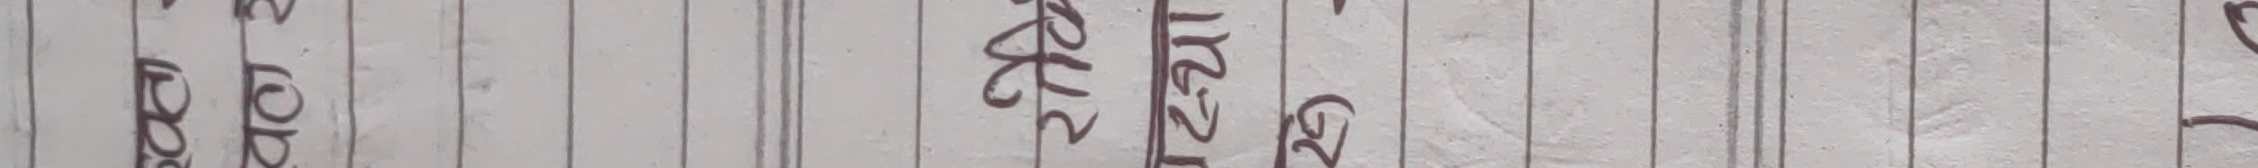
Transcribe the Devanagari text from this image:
२२५। अत्‌यो २९१२